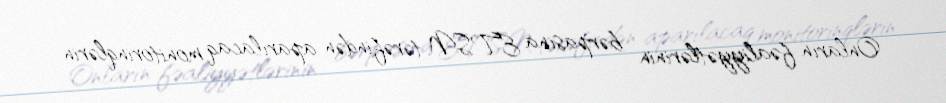
Onların fəaliyyətlərinin bərpasına ETSN tərəfindən aparılacaq monitorinqlərin